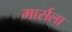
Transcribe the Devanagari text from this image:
मार्सला